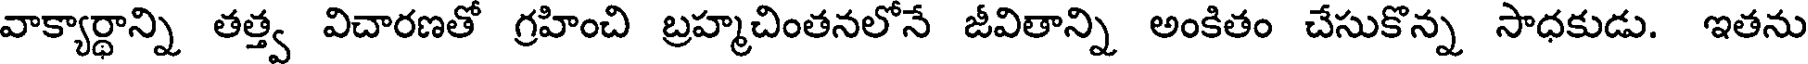
వాక్యార్థాన్ని తత్త్వ విచారణతో గ్రహించి బ్రహ్మచింతనలోనే జీవితాన్ని అంకితం చేసుకొన్న సాధకుడు. ఇతను